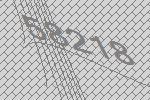
58218